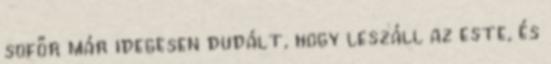
sofőr már idegesen dudált, hogy leszáll az este, és